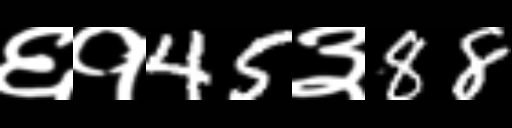
Text: ६१45३88